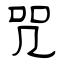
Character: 咒